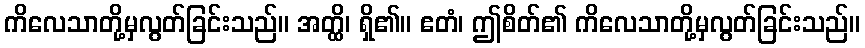
ကိလေသာတို့မှလွတ်ခြင်းသည်။ အတ္ထိ၊ ရှိ၏။ ဧတံ၊ ဤစိတ်၏ ကိလေသာတို့မှလွတ်ခြင်းသည်။